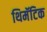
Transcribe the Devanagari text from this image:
थिमॅटिक